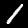
Label: 1